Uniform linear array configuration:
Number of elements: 12
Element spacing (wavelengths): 1
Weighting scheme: kaiser
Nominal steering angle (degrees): -30
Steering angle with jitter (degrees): -29.892
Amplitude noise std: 0.05
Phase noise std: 0.05

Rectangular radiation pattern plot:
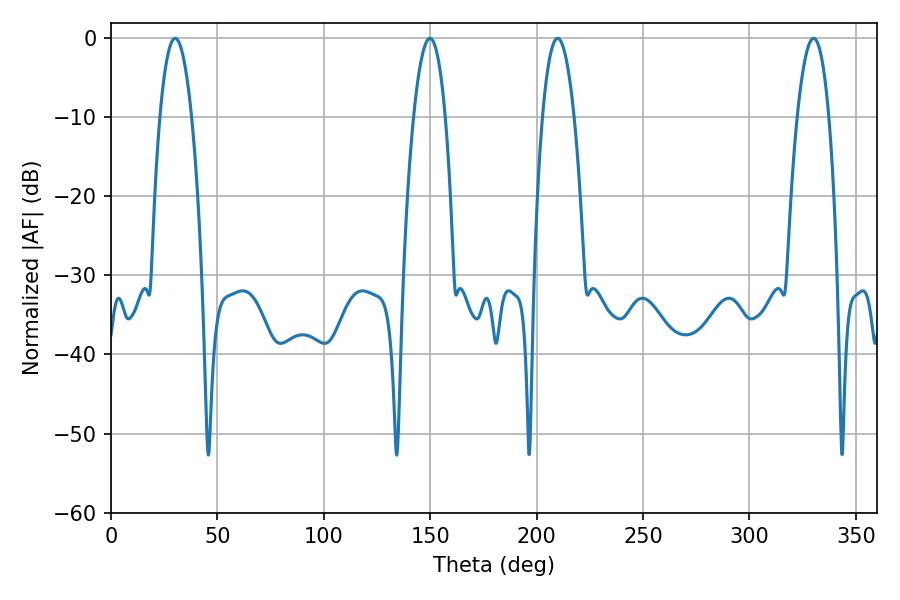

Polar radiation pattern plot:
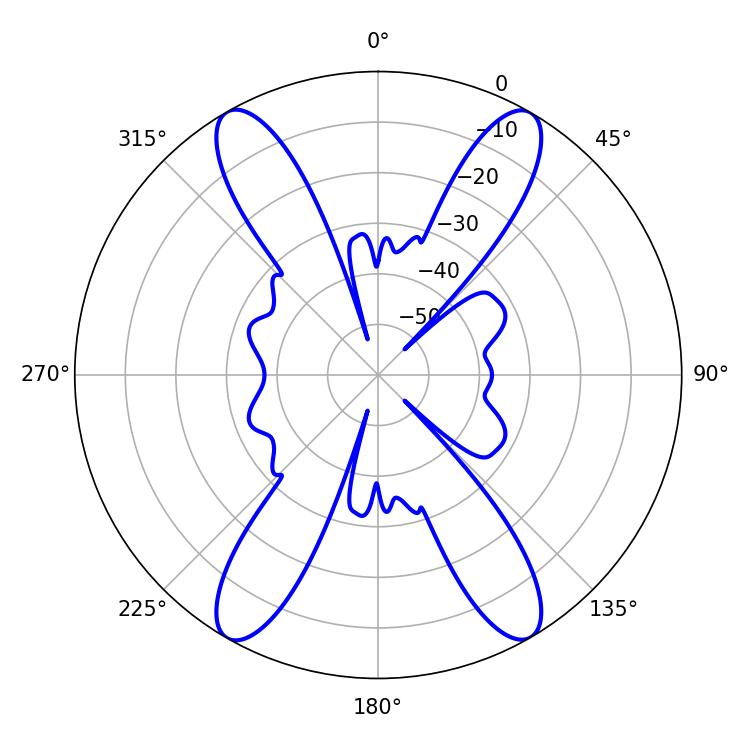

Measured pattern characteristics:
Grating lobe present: TRUE
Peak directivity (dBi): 31.166
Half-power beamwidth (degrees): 8.1
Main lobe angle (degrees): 209.88